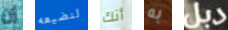
إن لنضيعه أنك به دبل